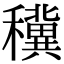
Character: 䆊